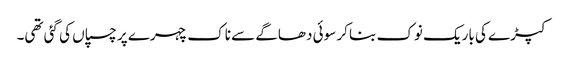
کپڑے کی باریک نوک بنا کر سوئی دھاگے سے ناک چہرے پر چسپاں کی گئی تھی۔